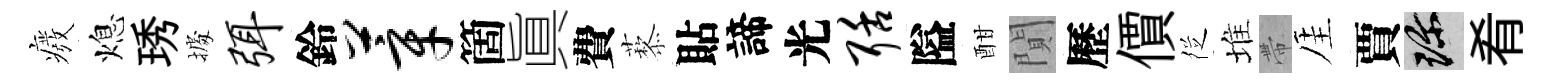
癈熄琇𢴃弭鈴莘箇眞費藜貼諦光聒隘酣閴歷價徔堆帶厓賈珍肴